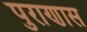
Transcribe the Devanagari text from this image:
पुराणास